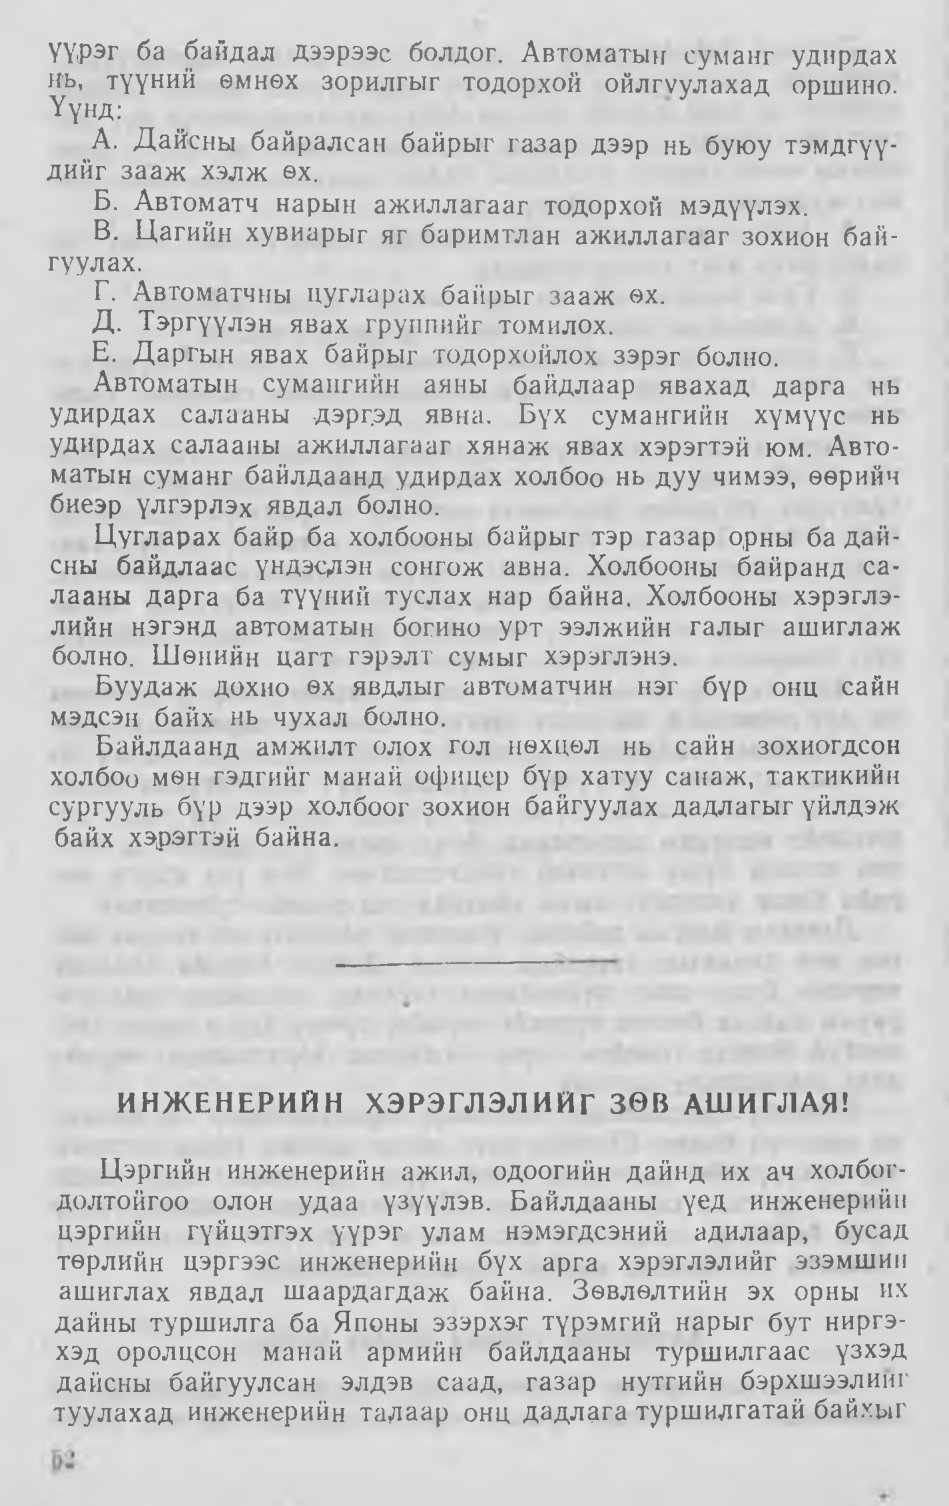
Language: mn